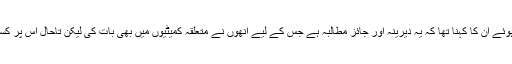
وائس آف امریکہ سے بات کرتے ہوئے ان کا کہنا تھا کہ یہ دیرینہ اور جائز مطالبہ ہے جس کے لیے انھوں نے متعلقہ کمیٹیوں میں بھی بات کی لیکن تاحال اس پر کسی قسم کی پیش رفت نہیں ہو سکی۔